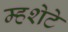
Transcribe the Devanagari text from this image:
म्हशेटे